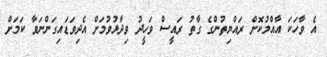
އެ ވާހަކަ އާއްމުކޮށް ރައްޔިތުންގެ ގާތު ރައީސް ވަހީދު ވިދާޅުވުމަށް އެދިވަޑައިގަންނަވާ ކަމަށް